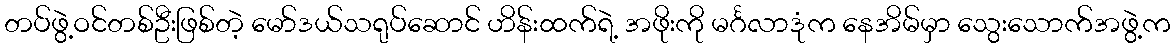
တပ်ဖွဲ့ဝင်တစ်ဦးဖြစ်တဲ့ မော်ဒယ်သရုပ်ဆောင် ဟိန်းထက်ရဲ့ အဖိုးကို မင်္ဂလာဒုံက နေအိမ်မှာ သွေးသောက်အဖွဲ့က